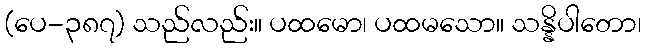
(ပေ-၃၈၇) သည်လည်း။ ပထမော၊ ပထမသော။ သန္နိပါတော၊